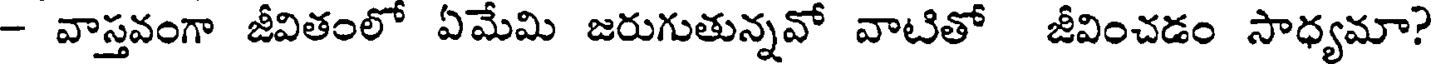
- వాస్తవంగా జీవితంలో ఏమేమి జరుగుతున్నవో వాటితో జీవించడం సాధ్యమా?